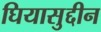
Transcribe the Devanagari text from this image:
घियासुद्दीन